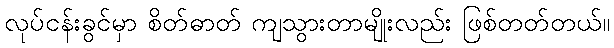
လုပ်ငန်းခွင်မှာ စိတ်ဓာတ် ကျသွားတာမျိုးလည်း ဖြစ်တတ်တယ်။